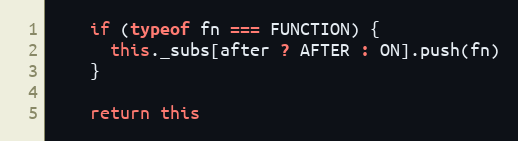
Language: JavaScript
    if (typeof fn === FUNCTION) {
      this._subs[after ? AFTER : ON].push(fn)
    }

    return this